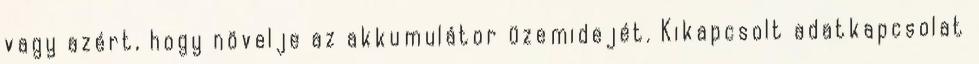
vagy azért, hogy növelje az akkumulátor üzemidejét. Kikapcsolt adatkapcsolat